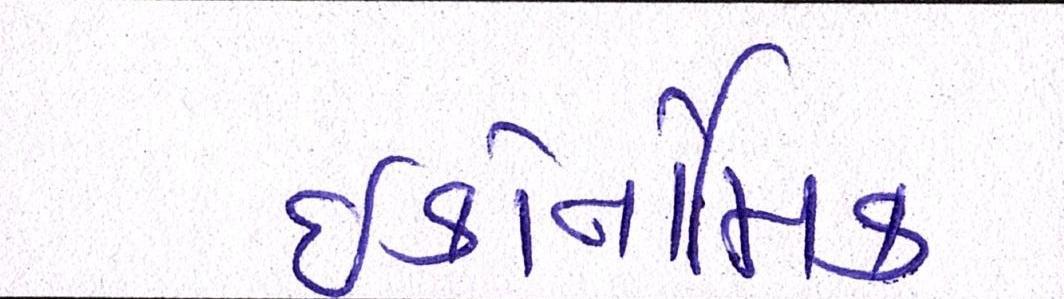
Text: ઇકોનોમિક